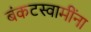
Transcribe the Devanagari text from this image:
बंकटस्वामींना